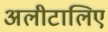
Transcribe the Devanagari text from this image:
अलीटालिए